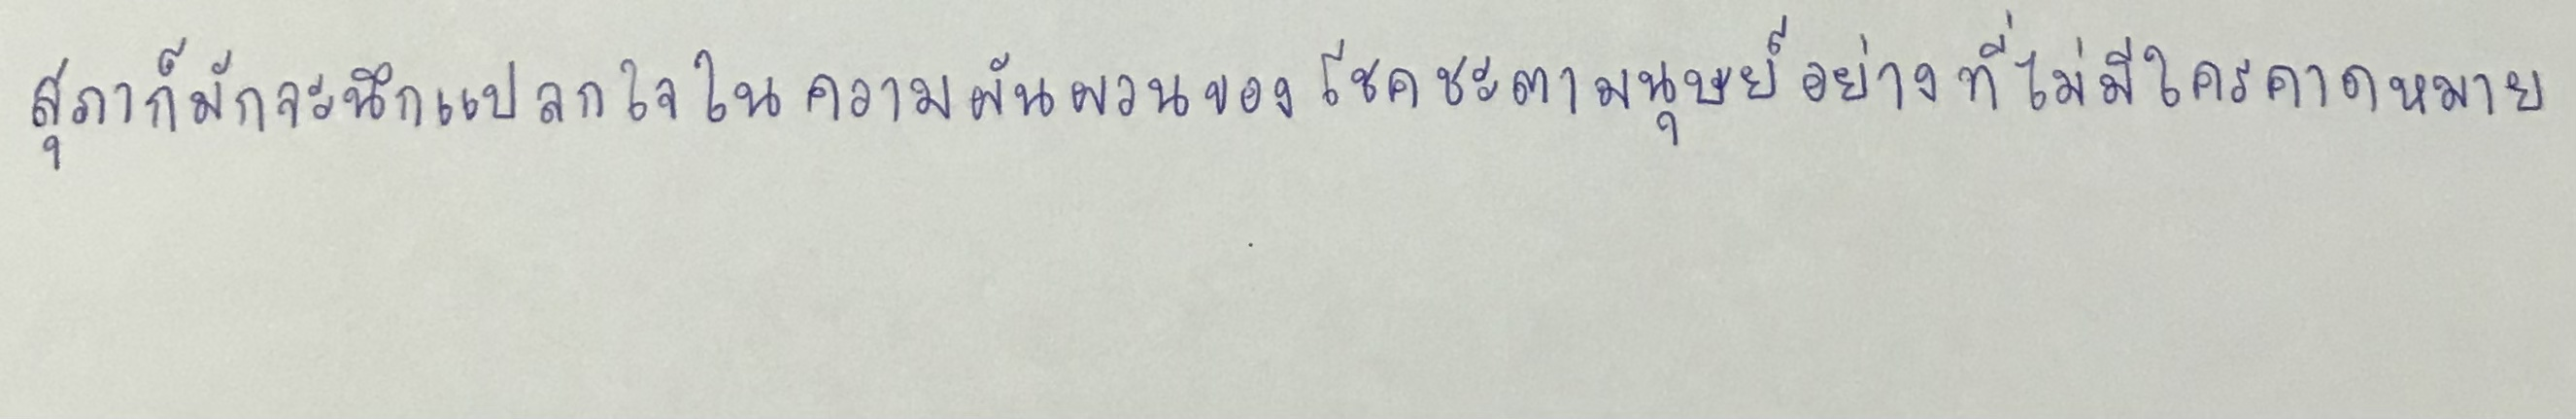
สุภาก็มักจะนึกแปลกใจในความผันผวนของโชคชะตามนุษย์อย่างที่ไม่มีใครคาดหมาย